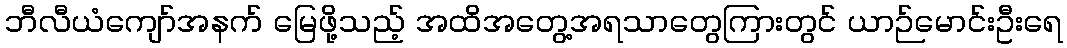
ဘီလီယံကျော်အနက် မြေဖို့သည့် အထိအတွေ့အရသာတွေကြားတွင် ယာဉ်မောင်းဦးရေ